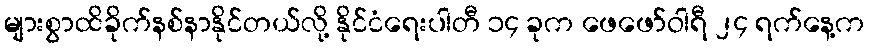
များစွာထိခိုက်နစ်နာနိုင်တယ်လို့ နိုင်ငံရေးပါတီ ၁၄ ခုက ဖေဖော်ဝါရီ ၂၄ ရက်နေ့က